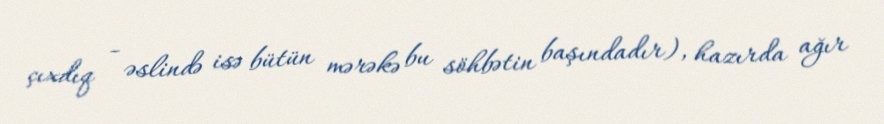
çıxdıq - əslində isə bütün mərəkə bu söhbətin başındadır), hazırda ağır